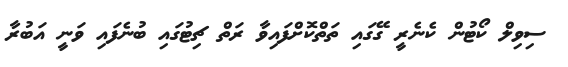
ސިވިލް ކޯޓުން ކެނެރީ ގޭގައި ތަތްކޮށްފައިވާ ރަތް ޗިޓުގައި ބުނެފައި ވަނީ އަބުރާ